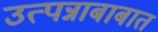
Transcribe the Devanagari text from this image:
उत्पन्नाबाबात